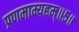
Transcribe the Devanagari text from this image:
प्रणमाम्यहम्॥५॥